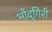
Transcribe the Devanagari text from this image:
भोंदूगिरी